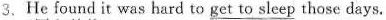
3.He found it was hard to \underline{get to sleep} those days.